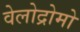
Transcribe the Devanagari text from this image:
वेलोद्रोमो